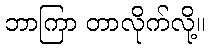
ဘာကြာ တာလိုက်လို့။